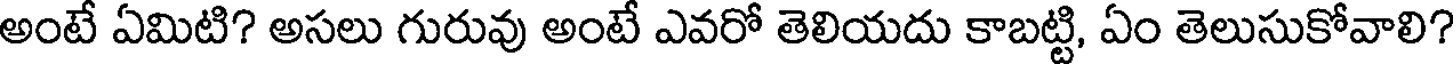
అంటే ఏమిటి? అసలు గురువు అంటే ఎవరో తెలియదు కాబట్టి, ఏం తెలుసుకోవాలి?